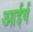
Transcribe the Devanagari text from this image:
आईर्ष